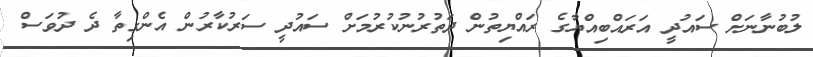
ލުބުނާނަށް ސައުދީ އަރައްބިއްޔާގެ ރައްޔިތުން ދަތުރުނުކުރުމަށް ސައުދީ ސަރުކާރުން އެންގިތާ ދެ ދުވަސް